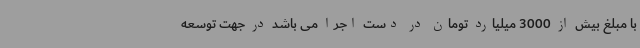
با مبلغ بیش از 3000 میلیارد تومان در دست اجرا می باشد در جهت توسعه